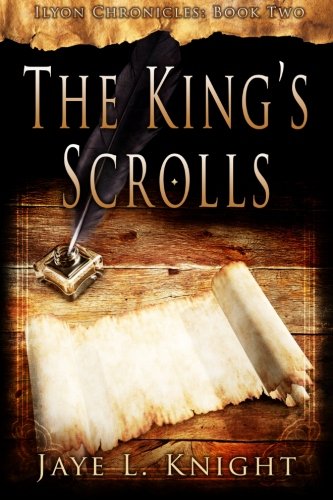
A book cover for The King's Scrolls (Ilyon Chronicles) (Volume 2); Jaye L. Knight; Christian Books & Bibles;